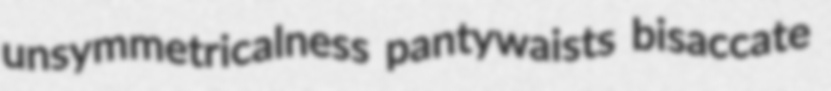
unsymmetricalness pantywaists bisaccate